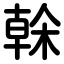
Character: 榦